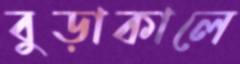
বুড়াকালে